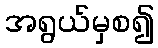
အရွယ်မှစ၍